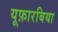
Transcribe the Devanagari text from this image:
यूफ़ारबिया